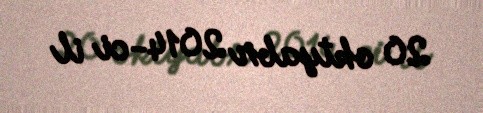
20 oktyabr 2014-ci il